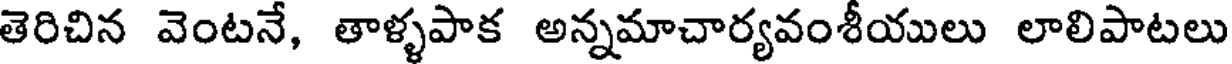
తెరిచిన వెంటనే, తాళ్ళపాక అన్నమాచార్యవంశీయులు లాలిపాటలు